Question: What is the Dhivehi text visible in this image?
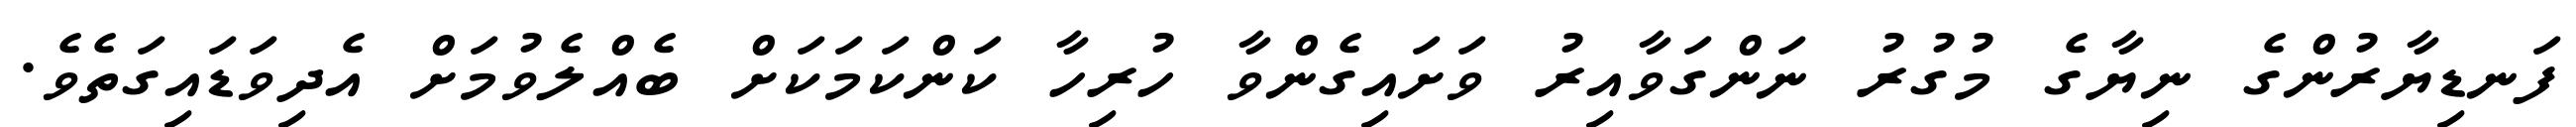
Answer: ފަނޑިޔާރުންގެ ނިޔާގެ މުގުރު ނަންގަވާއިރު ވަށައިގެންވާ ހުރިހާ ކަންކަމަކަށް ބެއްލެވުމަށް އެދިވަޑައިގަތެވެ.